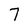
Character: 7